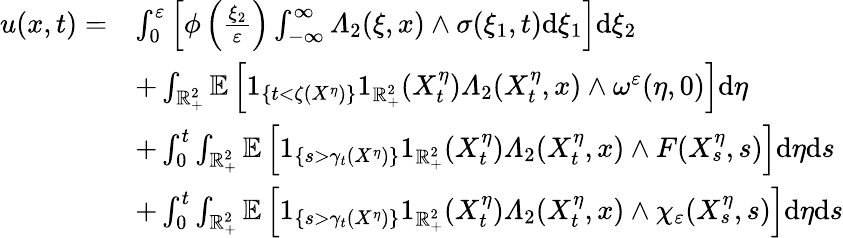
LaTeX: \begin{array}{rl}{u(x,t)=}&{\int_{0}^{\varepsilon}\left[\phi\left(\frac{\xi_{2}}{\varepsilon}\right)\int_{-\infty}^{\infty}\varLambda_{2}(\xi,x)\wedge\sigma(\xi_{1},t)\mathrm{d}\xi_{1}\right]\mathrm{d}\xi_{2}}\\ &{+\int_{\mathbb{R}_{+}^{2}}\mathbb{E}\left[1_{\{ t<\zeta(X^{\eta})\} }1_{\mathbb{R}_{+}^{2}}(X_{t}^{\eta})\varLambda_{2}(X_{t}^{\eta},x)\wedge\omega^{\varepsilon}(\eta,0)\right]\mathrm{d}\eta}\\ &{+\int_{0}^{t}\int_{\mathbb{R}_{+}^{2}}\mathbb{E}\left[1_{\left\{ s>\gamma_{t}(X^{\eta})\right\} }1_{\mathbb{R}_{+}^{2}}(X_{t}^{\eta})\varLambda_{2}(X_{t}^{\eta},x)\wedge F(X_{s}^{\eta},s)\right]\mathrm{d}\eta\mathrm{d}s}\\ &{+\int_{0}^{t}\int_{\mathbb{R}_{+}^{2}}\mathbb{E}\left[1_{\left\{ s>\gamma_{t}(X^{\eta})\right\} }1_{\mathbb{R}_{+}^{2}}(X_{t}^{\eta})\varLambda_{2}(X_{t}^{\eta},x)\wedge\chi_{\varepsilon}(X_{s}^{\eta},s)\right]\mathrm{d}\eta\mathrm{d}s}\end{array}